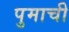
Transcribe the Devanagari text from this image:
पुमाची